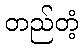
တည်တံ့